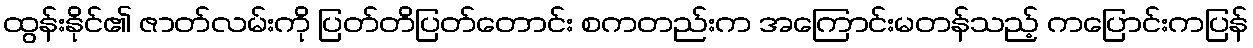
ထွန်းနိုင်၏ ဇာတ်လမ်းကို ပြတ်တိပြတ်တောင်း စကတည်းက အကြောင်းမတန်သည့် ကပြောင်းကပြန်